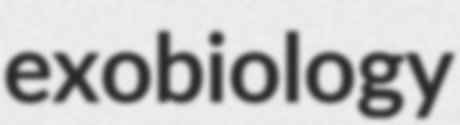
exobiology